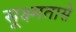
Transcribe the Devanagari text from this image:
सूक्ष्मतासे